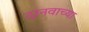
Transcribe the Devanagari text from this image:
दानवाच्या